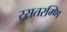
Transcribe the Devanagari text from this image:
रसतरग्णि